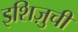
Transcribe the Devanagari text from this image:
इशिज़ुची